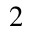
\SS ^ { 2 }